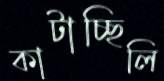
কাটাচ্ছিলি